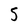
Character: 5